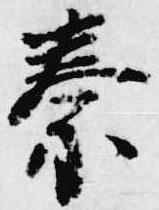
秦